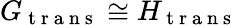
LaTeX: G_{\mathrm{~t~r~a~n~s~}}\cong H_{\mathrm{~t~r~a~n~s~}}